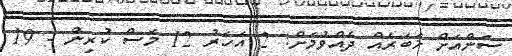
ސަންއަށް ޚަބަރެއް ދެއްވުމަށް: 2 އަހަރު 12 މަސް ކުރިން - 19